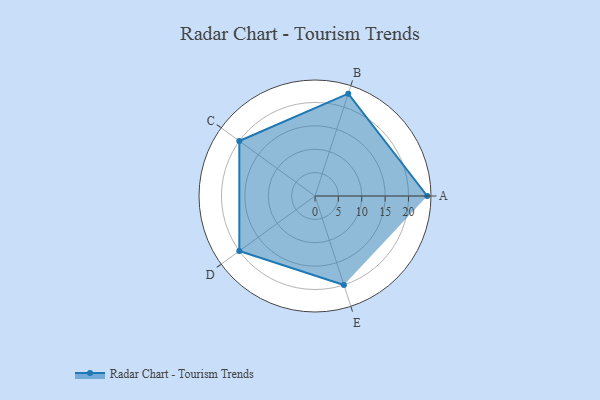
{"axis": {"x": "Skill", "y": "Score"}, "legend": ["Profile"], "data": [{"x": "A", "y": 24.0, "type": "Profile"}, {"x": "B", "y": 23.0, "type": "Profile"}, {"x": "C", "y": 20.0, "type": "Profile"}, {"x": "D", "y": 20, "type": "Profile"}, {"x": "E", "y": 20, "type": "Profile"}]}